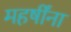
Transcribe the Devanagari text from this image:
महर्षींना